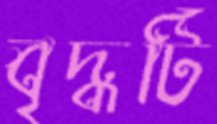
বৃদ্ধটি